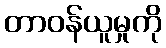
တာဝန်ယူမှုကို